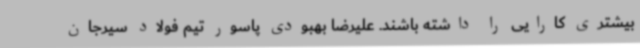
بیشتری کارایی را داشته باشند. علیرضا بهبودی پاسور تیم فولاد سیرجان